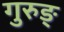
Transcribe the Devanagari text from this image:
गुरुङ्‌